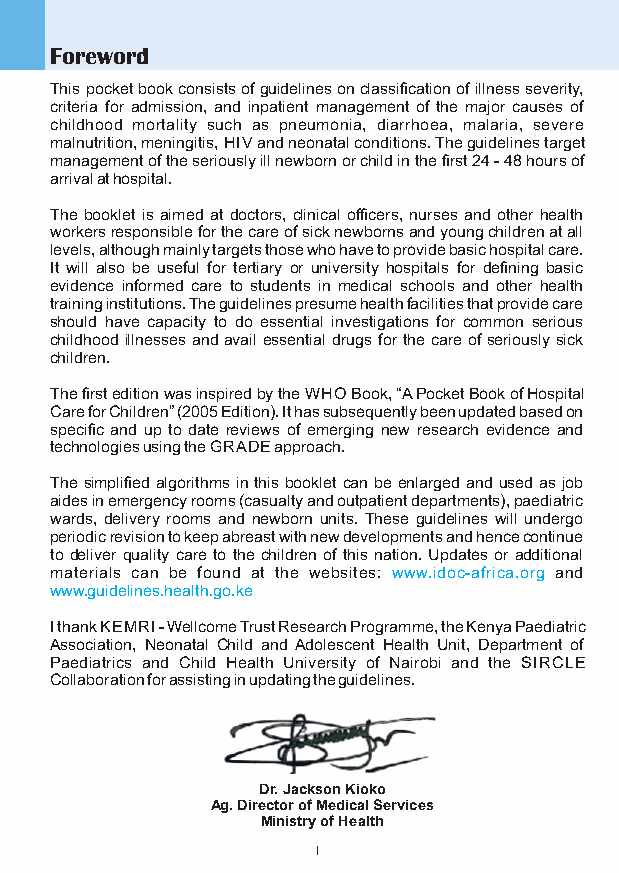
Foreword
 This pocket book consists of guidelines on classification of illness severity,
 criteria for admission, and inpatient management of the major causes of
 childhood mortality such as pneumonia, diarrhoea, malaria, severe
 malnutrition, meningitis, HIV and neonatal conditions. The guidelines target
 management of the seriously ill newborn or child in the first 24 - 48 hours of
 arrival at hospital.
 The booklet is aimed at doctors, clinical officers, nurses and other health
 workers responsible for the care of sick newborns and young children at all
 levels, although mainly targets those who have to provide basic hospital care.
 It will also be useful for tertiary or university hospitals for defining basic
 evidence informed care to students in medical schools and other health
 training institutions. The guidelines presume health facilities that provide care
 should have capacity to do essential investigations for common serious
 childhood illnesses and avail essential drugs for the care of seriously sick
 children.
 The first edition was inspired by the WHO Book, “A Pocket Book of Hospital
 Care for Children” (2005 Edition). It has subsequently been updated based on
 specific and up to date reviews of emerging new research evidence and
 technologies using the GRADE approach.
 The simplified algorithms in this booklet can be enlarged and used as job
 aides in emergency rooms (casualty and outpatient departments), paediatric
 wards, delivery rooms and newborn units. These guidelines will undergo
 periodic revision to keep abreast with new developments and hence continue
 to deliver quality care to the children of this nation. Updates or additional
 materials can be found at the websites: www.idoc-africa.org and
 www.guidelines.health.go.ke
 I thank KEMRI - Wellcome Trust Research Programme, the Kenya Paediatric
 Association, Neonatal Child and Adolescent Health Unit, Department of
 Paediatrics and Child Health University of Nairobi and the SIRCLE
 Collaboration for assisting in updating the guidelines.
 Dr. Jackson Kioko
 Ag. Director of Medical Services
 Ministry of Health
 I